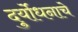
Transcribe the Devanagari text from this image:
दुर्योधनाचे